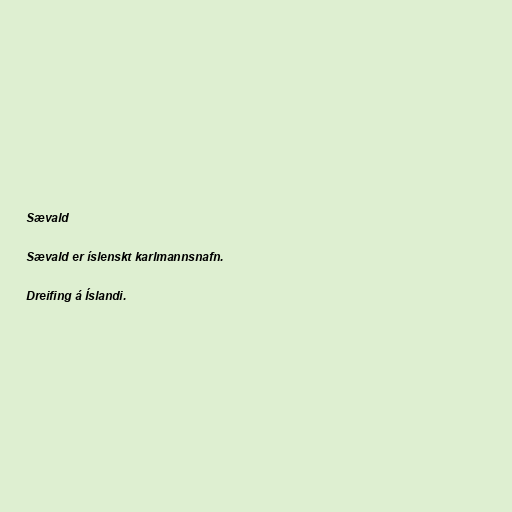
Sævald

Sævald er íslenskt karlmannsnafn.

Dreifing á Íslandi.